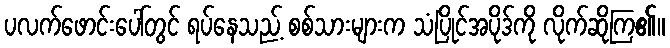
ပလက်ဖောင်းပေါ်တွင် ရပ်နေသည့် စစ်သားများက သံပြိုင်အပိုဒ်ကို လိုက်ဆိုကြ၏။